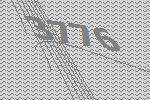
3776